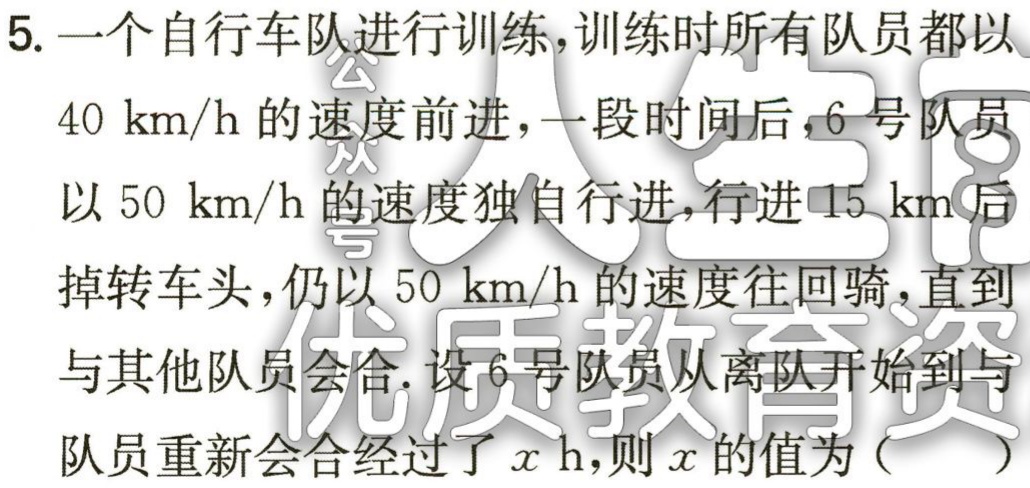
5. 一个自行车队进行训练，训练时所有队员都以

\(40\ km/h\)的速度前进，一段时间后，6号队员

以 \(50\ km/h\)的速度独自行进，行进 \(15\ km\)后

掉转车头，仍以 \(50\ km/h\)的速度往回骑，直到

与其他队员会合. 设6号队员从离队开始到与

队员重新会合经过了\(x\ h\)，则\(x\)的值为（  ）